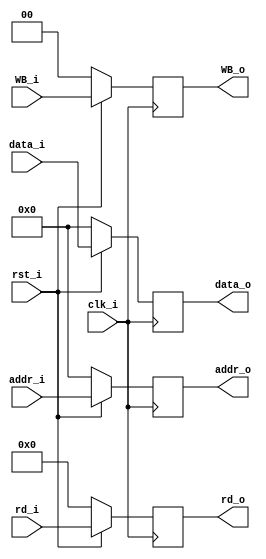
module MEMWB(
    clk_i,
    rst_i,
    WB_i,
    addr_i,
    data_i,
    rd_i,
    WB_o,
    addr_o,
    data_o,
    rd_o
);

input               clk_i, rst_i;
input	[1:0]	    WB_i;
input	[4:0]	    rd_i;
input   [31:0]      addr_i, data_i;
output  [1:0]       WB_o;
output  [4:0]       rd_o;
output 	[31:0]      addr_o, data_o;

reg     [1:0]       WB_o;
reg     [4:0]       rd_o;
reg     [31:0]      addr_o, data_o;


always@(posedge clk_i) begin
    if(~rst_i) begin
        WB_o <= 0;
        addr_o <= 0;
        data_o <= 0;
        rd_o <= 0;
    end
    else begin
    	WB_o <= WB_i;
    	addr_o <= addr_i;
    	data_o <= data_i;
    	rd_o <= rd_i;
    end
end

endmodule